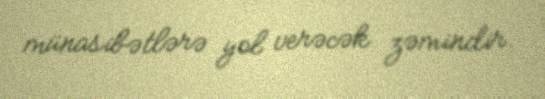
münasibətlərə yol verəcək zəmindir.